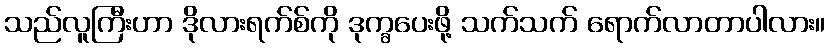
သည်လူကြီးဟာ ဒိုလားရက်စ်ကို ဒုက္ခပေးဖို့ သက်သက် ရောက်လာတာပါလား။